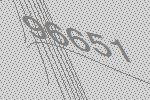
96651